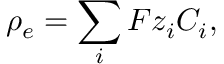
\rho _ { e } = \sum _ { i } F z _ { i } C _ { i } ,